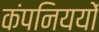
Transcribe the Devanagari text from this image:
कंपनिययों